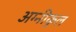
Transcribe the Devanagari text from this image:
अग्‍नीकुल